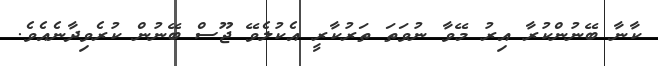
ކާނާ ބޭނުންކުރާ އިރު މޭވާ ނުވަތަ ތަރުކާރީ އެކުލެވޭ ޖޫސް ބޭނުން ކުރެވިދާނެއެވެ.